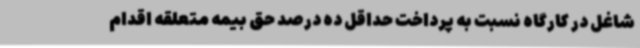
شاغل در کارگاه نسبت به پرداخت حداقل ده درصد حق بیمه متعلقه اقدام